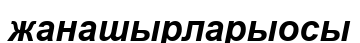
жанашырларыосы